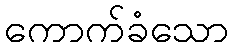
ကောက်ခံသော